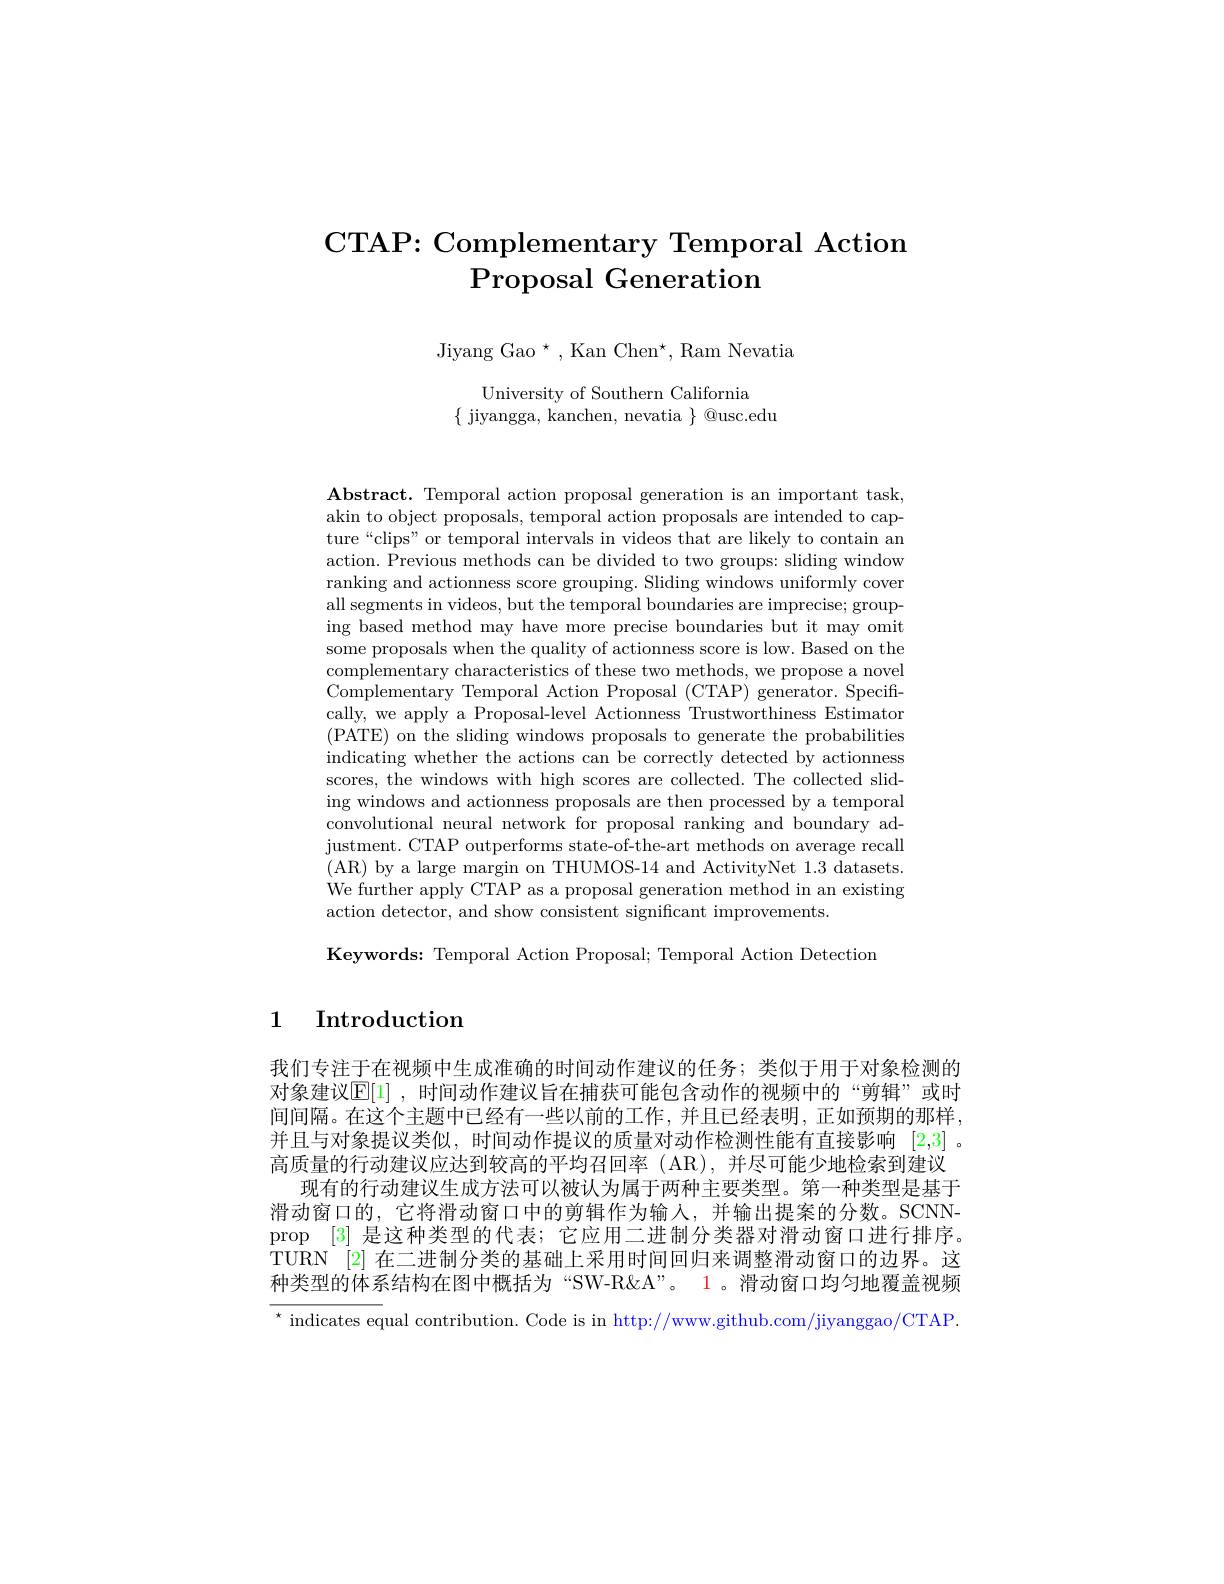
# CTAP: Complementary Temporal Action Proposal Generation

Jiyang Gao $^{\star}$,Kan Chen$^{\star}$,Ram Nevatia

University of Southern California
$\{$ jiyangga, kanchen, nevatia $\}$ @usc.edu

$\mathbf{Abstract.~Temporal~action~proposal~generation~is~an~important~task,}$ akin to object proposals, temporal action proposals are intended to capture“clips”or temporal intervals in videos that are likely to contain an action. Previous methods can be divided to two groups: sliding window ranking and actionness score grouping. Sliding windows uniformly cover all segments in videos, but the temporal boundaries are imprecise; grouping based method may have more precise boundaries but it may omit some proposals when the quality of actionness score is low. Based on the complementary characteristics of these two methods, we propose a novel Complementary Temporal Action Proposal (CTAP) generator. Specifically, we apply a Proposal-level Actionness Trustworthiness Estimator (PATE) on the sliding windows proposals to generate the probabilities indicating whether the actions can be correctly detected by actionness scores, the windows with high scores are collected. The collected sliding windows and actionness proposals are then processed by a temporal convolutional neural network for proposal ranking and boundary adjustment. CTAP outperforms state-of-the-art methods on average recall (AR) by a large margin on THUMOS-14 and ActivityNet 1.3 datasets. We further apply CTAP as a proposal generation method in an existing action detector, and show consistent significant improvements

Keywords: Temporal Action Proposal; Temporal Action Detection

## 1 Introduction

我们专注于在视频中生成准确的时间动作建议的任务；类似于用于对象检测的对象建议$\mathbb{E}[1]$ ,时间动作建议旨在捕获可能包含动作的视频中的“剪辑”或时间间隔。在这个主题中已经有一些以前的工作，并且已经表明，正如预期的那样， 并且与对象提议类似，时间动作提议的质量对动作检测性能有直接影响[2,3] 。高质量的行动建议应达到较高的平均召回率 (AR),并尽可能少地检索到建议
现有的行动建议生成方法可以被认为属于两种主要类型。第一种类型是基于滑动窗口的，它将滑动窗口中的剪辑作为输入，并输出提案的分数。SCNNprop [3]是这种类型的代表；它应用二进制分类器对滑动窗口进行排序。TURN [2] 在二进制分类的基础上采用时间回归来调整滑动窗口的边界。这种类型的体系结构在图中概括为“SW-R$\&A”。1。滑动窗口均匀地覆盖视频$ $^{\star}$ indicates equal contribution. Code is in http://www.github.com/jiyanggao/CTAP